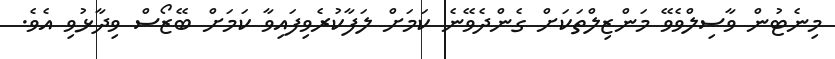
މިނެޓުން ވާސިލްވެވޭ މަންޒިލްތަކަށް ގެންދެވޭނެ ކަމަށް ލަފާކުރެވިފައިވާ ކަމަށް ބޭޒޯސް ވިދާޅުވި އެވެ.